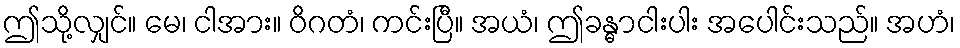
ဤသို့လျှင်။ မေ၊ ငါအား။ ဝိဂတံ၊ ကင်းပြီ။ အယံ၊ ဤခန္ဓာငါးပါး အပေါင်းသည်။ အဟံ၊